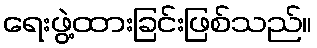
ရေးဖွဲ့ထားခြင်းဖြစ်သည်။